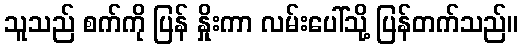
သူသည် စက်ကို ပြန် နှိုးကာ လမ်းပေါ်သို့ ပြန်တက်သည်။